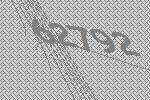
62792